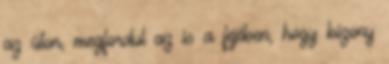
az úton, megfordul az is a fejében, hogy bizony